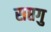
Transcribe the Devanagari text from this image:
सप्तगु